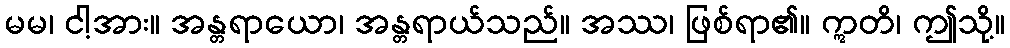
မမ၊ ငါ့အား။ အန္တရာယော၊ အန္တရာယ်သည်။ အဿ၊ ဖြစ်ရာ၏။ ဣတိ၊ ဤသို့။